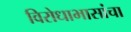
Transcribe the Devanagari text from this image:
विरोधाभासांचा